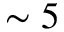
\sim 5